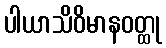
ပါယာသိဝိမာနဝတ္ထု